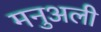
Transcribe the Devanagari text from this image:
मनुअली